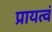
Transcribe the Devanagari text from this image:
प्रायत्वं